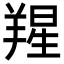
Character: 𦎬